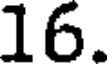
16.